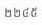
២២៤៥